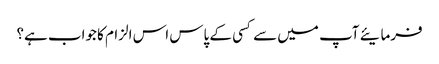
فرمایئے آپ میں سے کسی کے پاس اس الزام کا جواب ہے؟